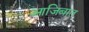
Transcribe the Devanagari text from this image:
आजिबात